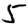
Digit: 5